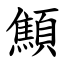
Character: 顦